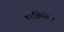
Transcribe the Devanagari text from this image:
हरविलेला